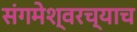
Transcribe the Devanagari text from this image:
संगमेश्वरच्याच